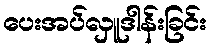
ပေးအပ်လှူဒါန်းခြင်း